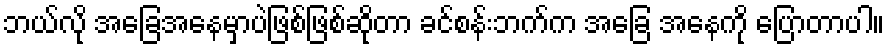
ဘယ်လို အခြေအနေမှာပဲဖြစ်ဖြစ်ဆိုတာ ခင်စန်းဘက်က အခြေ အနေကို ပြောတာပါ။